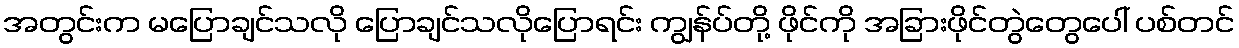
အတွင်းက မပြောချင်သလို ပြောချင်သလိုပြောရင်း ကျွန်ပ်တို့ ဖိုင်ကို အခြားဖိုင်တွဲတွေပေါ် ပစ်တင်